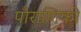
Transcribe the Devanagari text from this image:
पौराणिको